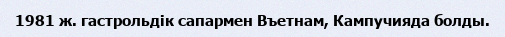
1981 ж. гастрольдік сапармен Въетнам, Кампучияда болды.